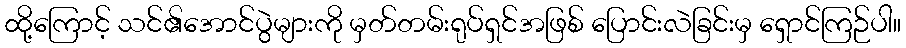
ထို့ကြောင့် သင်၏အောင်ပွဲများကို မှတ်တမ်းရုပ်ရှင်အဖြစ် ပြောင်းလဲခြင်းမှ ရှောင်ကြဉ်ပါ။